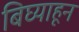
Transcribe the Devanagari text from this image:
बिघ्याहून